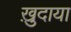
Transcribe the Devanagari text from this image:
ख़ु़दाया